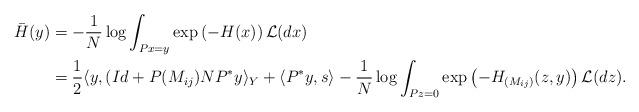
LaTeX: \begin{align*}\bar{H}(y) &= - \frac{1}{N} \log \int_{Px = y} \exp \left(- H(x) \right)\mathcal{L} (dx) \\&= \frac{1}{2} \langle y, (Id + P(M_{ij}) NP^* y \rangle_Y + \langle P^* y , s \rangle - \frac{1}{N}\log \int_{Pz=0} \exp \left( -H_{(M_{ij})} (z,y) \right) \mathcal{L}(dz).\end{align*}